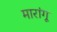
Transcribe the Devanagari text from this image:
मारांगू